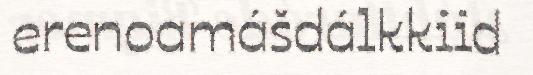
erenoamášdálkkiid